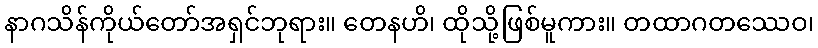
နာဂသိန်ကိုယ်တော်အရှင်ဘုရား။ တေနဟိ၊ ထိုသို့ဖြစ်မူကား။ တထာဂတဿေဝ၊